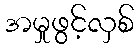
အမှုဖွင့်လှစ်